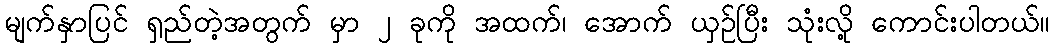
မျက်နှာပြင် ရှည်တဲ့အတွက် မှာ ၂ ခုကို အထက်၊ အောက် ယှဉ်ပြီး သုံးလို့ ကောင်းပါတယ်။